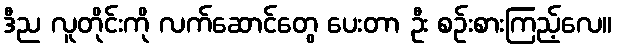
ဒီည လူတိုင်းကို လက်ဆောင်တွေ ပေးတာ ဦး စဉ်းစားကြည့်လေ။